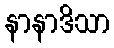
နာနာဒိသာ